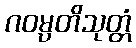
ဂဝမ္ပတိသုတ္တံ